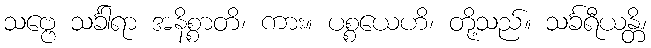
သဗ္ဗေ သင်္ခါရာ အနိစ္စာတိ၊ ကား။ ပစ္စယေဟိ၊ တို့သည်။ သင်္ခရီယန္တိ၊